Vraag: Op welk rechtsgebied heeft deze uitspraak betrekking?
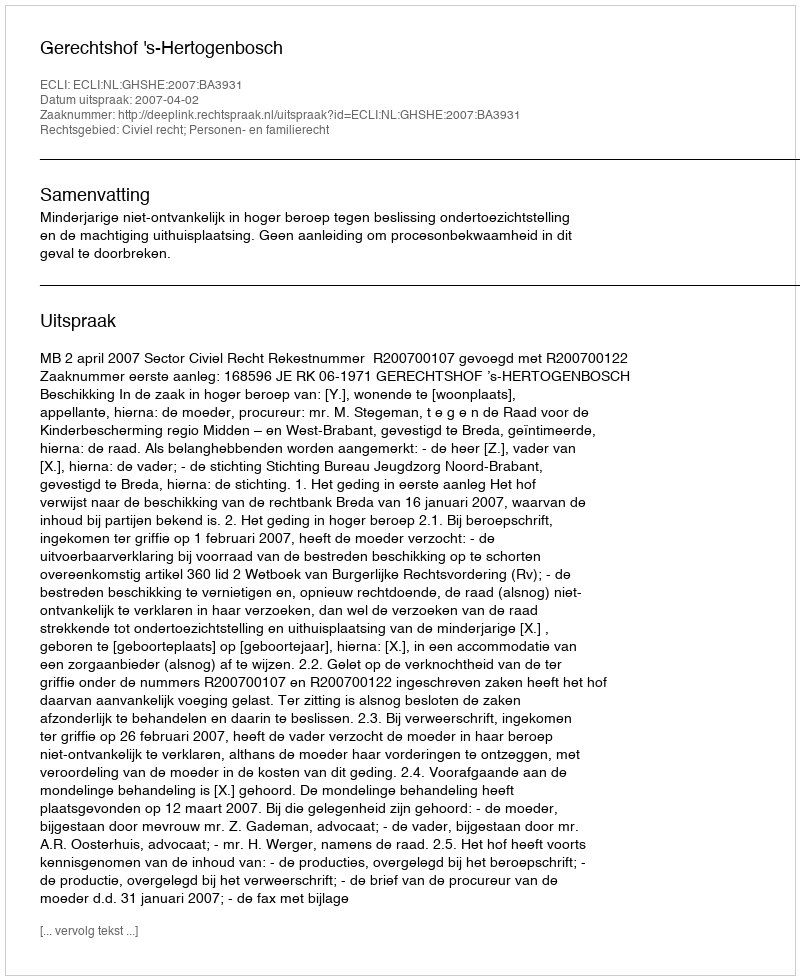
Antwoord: Civiel recht; Personen- en familierecht